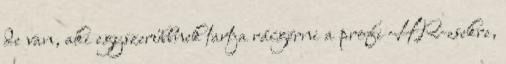
de van, aki egyszerűbbnek tartja ráígérni a profi HR-esekre,